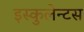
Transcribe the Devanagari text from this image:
इस्कुलेन्टस